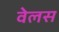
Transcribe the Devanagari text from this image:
वेलस